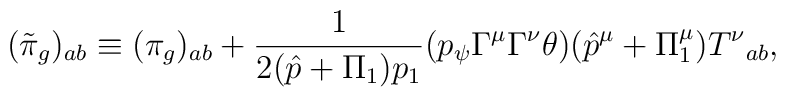
(\tilde\pi_g)_{ab}\equiv (\pi_g)_{ab}+\frac 1{2(\hat p+\Pi_1)p_1}(p_\psi\Gamma^\mu \Gamma^\nu\theta)(\hat p^\mu+\Pi_1^\mu){T^\nu}_{ab},